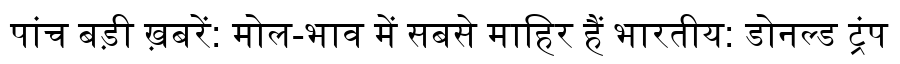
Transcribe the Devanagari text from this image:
पांच बड़ी ख़बरें: मोल-भाव में सबसे माहिर हैं भारतीय: डोनल्ड ट्रंप